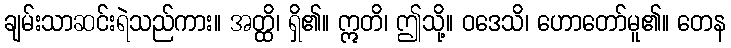
ချမ်းသာဆင်းရဲသည်ကား။ အတ္ထိ၊ ရှိ၏။ ဣတိ၊ ဤသို့။ ဝဒေသိ၊ ဟောတော်မူ၏။ တေန